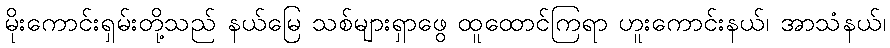
မိုးကောင်းရှမ်းတို့သည် နယ်မြေ သစ်များရှာဖွေ ထူထောင်ကြရာ ဟူးကောင်းနယ်၊ အာသံနယ်၊